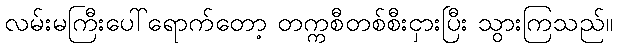
လမ်းမကြီးပေါ်ရောက်တော့ တက္ကစီတစ်စီးငှားပြီး သွားကြသည်။